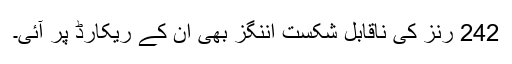
242 رنز کی ناقابل شکست اننگز بھی ان کے ریکارڈ پر آئی۔